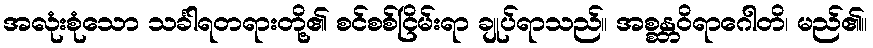
အလုံးစုံသော သင်္ခါရတရားတို့၏ စင်စစ်ငြိမ်းရာ ချုပ်ရာသည်။ အစ္စန္တဝိရာဂေါတိ၊ မည်၏။